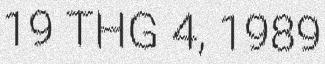
19 THG 4, 1989